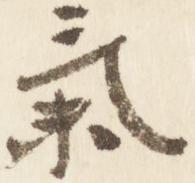
気